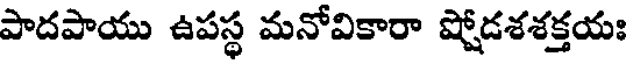
పాదపాయు ఉపస్థ మనోవికారా ష్షోడశశక్తయః